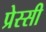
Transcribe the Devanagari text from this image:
प्रेस्सी